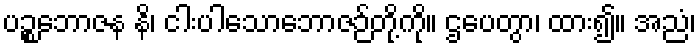
ပဉ္စဘောဇန နိ၊ ငါးပါသောဘောဇဉ်တို့ကို။ ဌပေတွာ၊ ထား၍။ အညံ၊